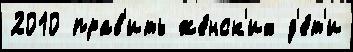
2010 прав'ить же́нск'их д'е́т'и